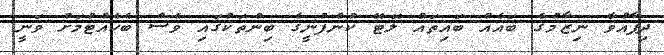
ދިފާއުވާ ނިޒާމުގެ ބައެއް ބައިތައް ލޮޓޭ ކުންފުނީގެ ބިންތަކުގައި ވެސް ބެހެއްޓުމަށް ވަނީ